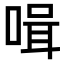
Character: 𠶻